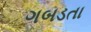
ગબડતા